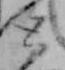
と